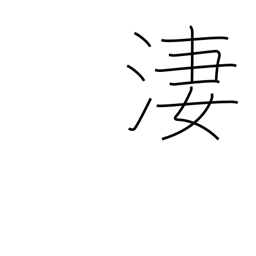
Meaning: bitter cold